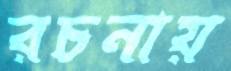
রচনায়